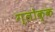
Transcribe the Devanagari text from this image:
ग्लोक्क